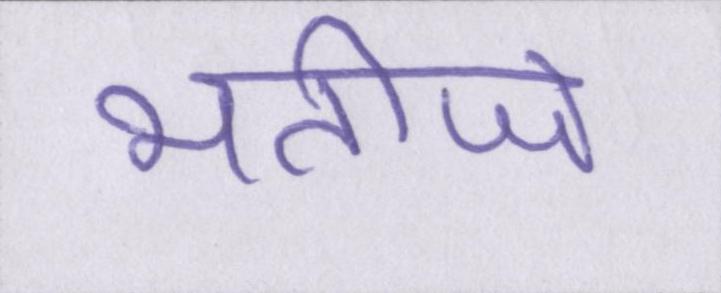
भतीजे